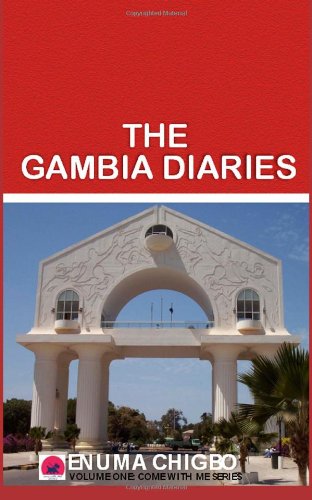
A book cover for The Gambia Diaries (Come With Me Series); Enuma Chigbo; Travel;